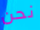
نحن